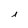
Character: i